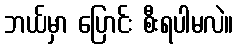
ဘယ်မှာ ပြောင်း စီးရပါမလဲ။